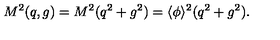
M ^ { 2 } ( q , g ) = M ^ { 2 } ( q ^ { 2 } + g ^ { 2 } ) = \langle \phi \rangle ^ { 2 } ( q ^ { 2 } + g ^ { 2 } ) .